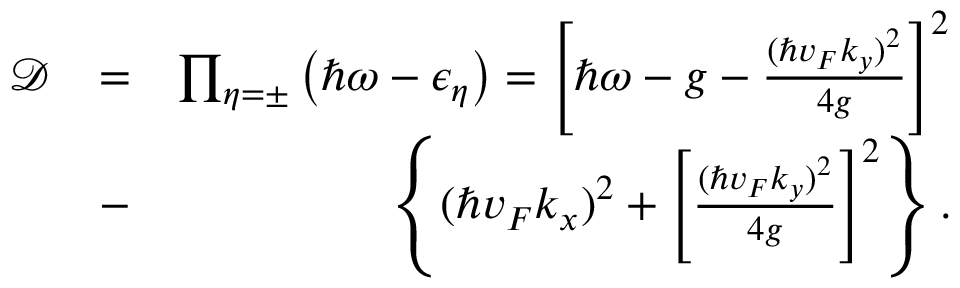
\begin{array} { r l r } { \mathcal { D } } & { = } & { \prod _ { \eta = \pm } \left( \hbar \omega - \epsilon _ { \eta } \right) = \left[ \hbar \omega - g - \frac { ( \hbar v _ { F } k _ { y } ) ^ { 2 } } { 4 g } \right] ^ { 2 } } \\ & { - } & { \left\{ ( \hbar v _ { F } k _ { x } ) ^ { 2 } + \left[ \frac { ( \hbar v _ { F } k _ { y } ) ^ { 2 } } { 4 g } \right] ^ { 2 } \right\} . } \end{array}